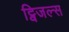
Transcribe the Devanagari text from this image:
ट्विजल्स